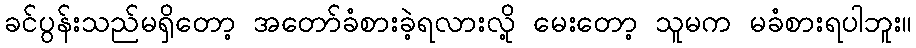
ခင်ပွန်းသည်မရှိတော့ အတော်ခံစားခဲ့ရလားလို့ မေးတော့ သူမက မခံစားရပါဘူး။